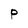
Character: p